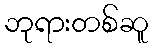
ဘုရားတစ်ဆူ